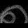
Digit: ၈